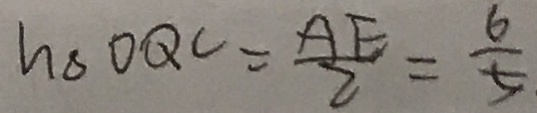
h _ { \Delta } O Q C = \frac { A E } { 2 } = \frac { 6 } { 5 }